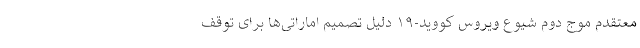
معتقدم موج دوم شیوع ویروس کووید-۱۹ دلیل تصمیم اماراتی‌ها برای توقف